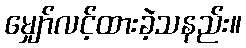
မျှော်လင့်ထားခဲ့သနည်း။